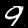
Label: 9